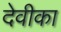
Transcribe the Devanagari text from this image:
देवीका